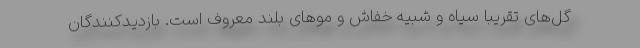
گل‌های تقریبا سیاه و شبیه خفاش و مو‌های بلند معروف است. بازدیدکنندگان